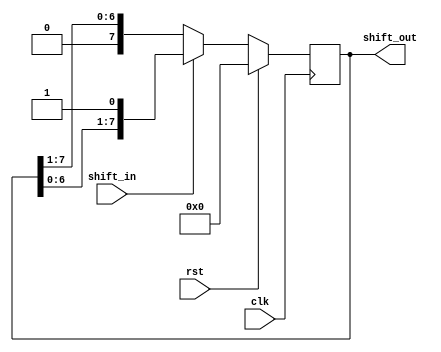
module shift_register (
  input clk,
  input rst,
  input shift_in,
  output reg [7:0] shift_out
);

reg [7:0] reg_data;

always @(posedge clk) begin
  if (rst) begin
    reg_data <= 8'b00000000;
  end else begin
    if (shift_in) begin
      reg_data <= {reg_data[6:0], shift_in};
    end else begin
      reg_data <= {shift_in, reg_data[7:1]};
    end
  end
end

assign shift_out = reg_data;

endmodule